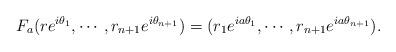
LaTeX: \begin{align*}F_a(re^{i\theta_1},\cdots,r_{n+1}e^{i\theta_{n+1}})=(r_1e^{ia\theta_1},\cdots,r_{n+1}e^{ia\theta_{n+1}}).\end{align*}